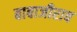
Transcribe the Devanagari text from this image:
बाबाजीराव